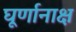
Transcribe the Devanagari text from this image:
घूर्णानाक्ष